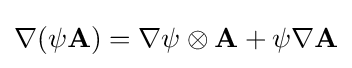
\nabla (\psi \mathbf {A} )=\nabla \psi \otimes \mathbf {A} +\psi \nabla \mathbf {A}